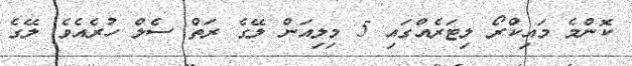
ކޮންމެ މައިކްރޯ ލިޓަރެއްގައި 5 މިލިއަން ލޭގެ ރަތް ސެލް ހުރެއެވެ. ލޭގެ